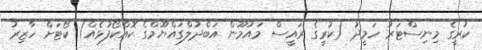
ކުރީގެ މިނިސްޓަރު ހަމީދު (ކުރީގެ ރައީސް މައުމޫން އަބްދުލްގައްޔޫމްގެ ކޮއްކޯފުޅެއް) ކޯޓަށް ހާޒިރު